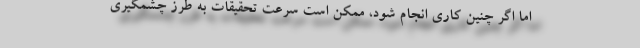
اما اگر چنین کاری انجام شود، ممکن است سرعت تحقیقات به طرز چشمگیری